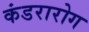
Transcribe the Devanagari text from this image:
कंडरारोग